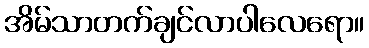
အိမ်သာတက်ချင်လာပါလေရော။